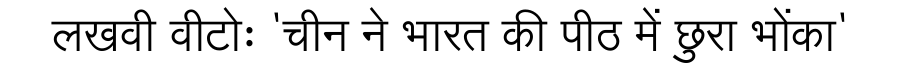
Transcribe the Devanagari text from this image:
लखवी वीटोः 'चीन ने भारत की पीठ में छुरा भोंका'